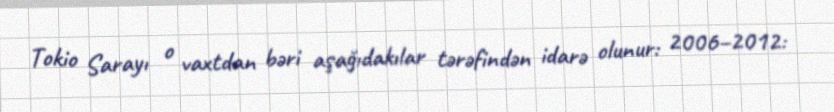
Tokio Sarayı o vaxtdan bəri aşağıdakılar tərəfindən idarə olunur: 2006–2012: